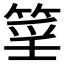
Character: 𥮍